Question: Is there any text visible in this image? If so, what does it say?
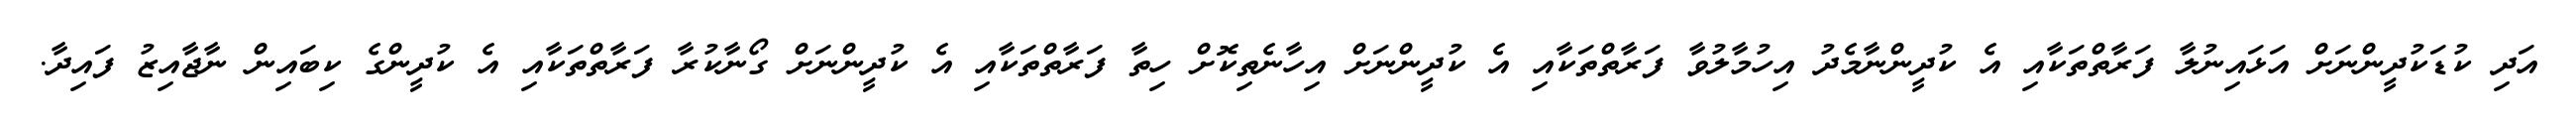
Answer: އަދި ކުޑަކުދީންނަށް އަޅައިނުލާ ފަރާތްތަކާއި އެ ކުދީންނާމެދު އިހުމާލުވާ ފަރާތްތަކާއި އެ ކުދީންނަށް އިހާނެތިކޮށް ހިތާ ފަރާތްތަކާއި އެ ކުދީންނަށް ގޯނާކުރާ ފަރާތްތަކާއި އެ ކުދީންގެ ކިބައިން ނާޖާއިޒު ފައިދާ.